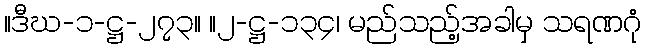
။ဒီဃ-၁-ဋ္ဌ-၂၇၃။ ။၂-ဋ္ဌ-၁၃၄၊ မည်သည့်အခါမှ သရဏဂုံ